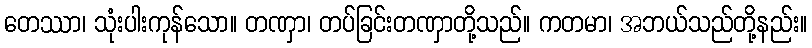
တေဿာ၊ သုံးပါးကုန်သော။ တဏှာ၊ တပ်ခြင်းတဏှာတို့သည်။ ကတမာ၊ အဘယ်သည်တို့နည်း။